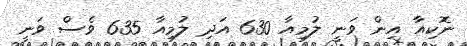
ނޮކިއާ އިން ވަނީ ލުމިއާ 630 އަދި ލުމިއާ 635 ވެސް ވަނީ